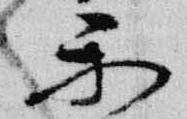
楽